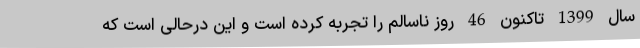
سال 1399 تاکنون 46 روز ناسالم را تجربه کرده است و این درحالی است که